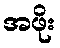
အဖိုး